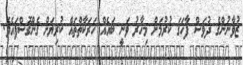
ޒުވާނުންގެ ދުވަސް ފާހަގަ ކުރުމަށް މިހާރު ވަނީ ބައެއް ހަރަކާތްތައް ކުރިޔަށް ގެންގޮސްފައެވެ.